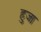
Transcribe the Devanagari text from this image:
हुजा